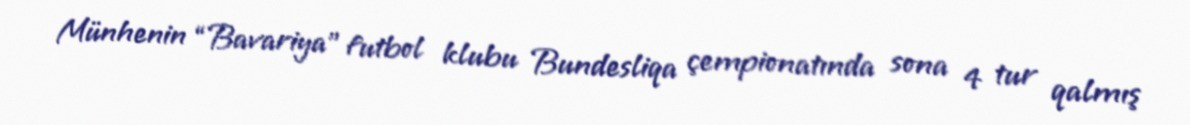
Münhenin “Bavariya” futbol klubu Bundesliqa çempionatında sona 4 tur qalmış